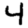
Digit: 4